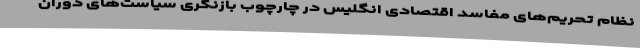
نظام تحریم‌های مفاسد اقتصادی انگلیس در چارچوب بازنگری سیاست‌های دوران